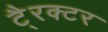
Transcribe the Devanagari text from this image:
टै्रक्टर